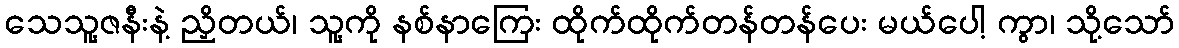
သေသူ့ဇနီးနဲ့ ညှိတယ်၊ သူ့ကို နစ်နာကြေး ထိုက်ထိုက်တန်တန်ပေး မယ်ပေါ့ ကွာ၊ သို့သော်